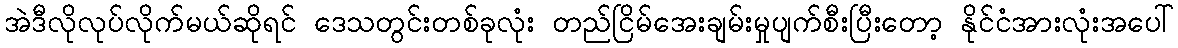
အဲဒီလိုလုပ်လိုက်မယ်ဆိုရင် ဒေသတွင်းတစ်ခုလုံး တည်ငြိမ်အေးချမ်းမှုပျက်စီးပြီးတော့ နိုင်ငံအားလုံးအပေါ်